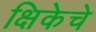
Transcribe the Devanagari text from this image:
क्षिकेचे